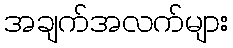
အချက်အလက်များ